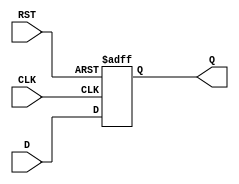
module FlipFlopRegister #(
    parameter N = 8  // Parameter for register size (default is 8 bits)
)(
    input  wire [N-1:0] D,     // Data input
    input  wire CLK,            // Clock input
    input  wire RST,            // Asynchronous reset
    output reg  [N-1:0] Q       // Data output
);

    // Always block for the flip-flop behavior
    always @(posedge CLK or posedge RST) begin
        if (RST) begin
            Q <= {N{1'b0}};  // Reset all bits to 0
        end else begin
            Q <= D;          // Capture data on rising edge of CLK
        end
    end

endmodule